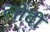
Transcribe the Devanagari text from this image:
लोंदी